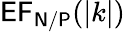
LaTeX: \mathsf{EF_{N/P}}(|k|)